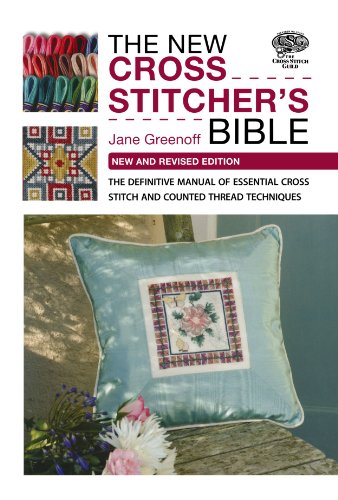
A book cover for The New Cross Stitcher's Bible: The Definitive Manual of Essential Cross Stitch and Counted Thread Techniques; Jane Greenoff; Crafts, Hobbies & Home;